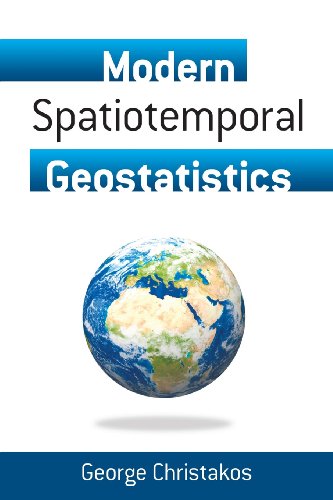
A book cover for Modern Spatiotemporal Geostatistics (Dover Earth Science); George Christakos; Science & Math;